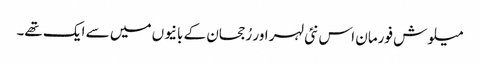
میلوش فورمان اس نئی لہر اور رُجحان کے بانیوں میں سے ایک تھے۔